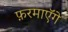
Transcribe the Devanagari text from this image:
फ़रमाएॅगे